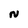
Character: N